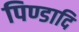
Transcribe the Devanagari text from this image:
पिण्डादि